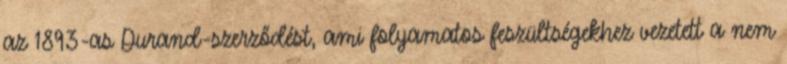
az 1893-as Durand-szerződést, ami folyamatos feszültségekhez vezetett a nem